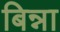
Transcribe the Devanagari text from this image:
बिन्ना